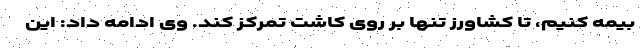
بیمه کنیم، تا کشاورز تنها بر روی کاشت تمرکز کند. وی ادامه داد: این